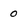
Character: 0